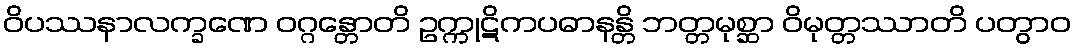
ဝိပဿနာလက္ခဏေ ဝဂ္ဂန္တောတိ ဥက္ကုဋိကပဓာနန္တိ ဘတ္တမုစ္ဆာ ဝိမုတ္တဿာတိ ပတွာဝ